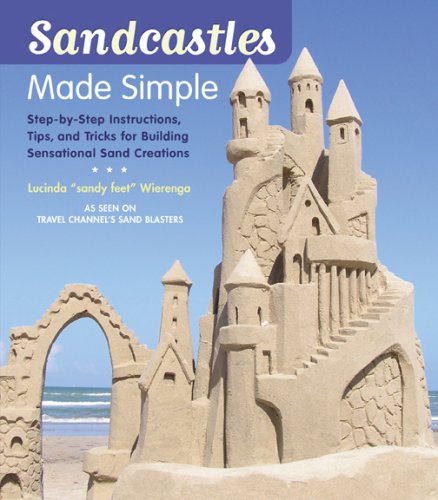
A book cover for Sandcastles Made Simple: Step-by-Step Instructions, Tips, and Tricks for Building Sensational Sand Creations; Lucinda Wierenga; Crafts, Hobbies & Home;